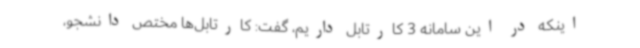
اینکه در این سامانه 3 کارتابل داریم، گفت: کارتابل‌ها مختص دانشجو،